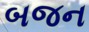
બજન